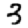
Digit: 3